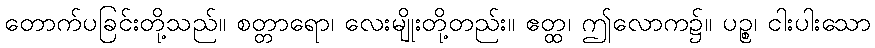
တောက်ပခြင်းတို့သည်။ စတ္တာရော၊ လေးမျိုးတို့တည်း။ ဧတ္ထ၊ ဤလောက၌။ ပဉ္စ၊ ငါးပါးသော